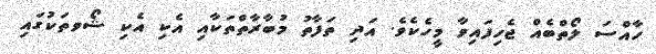
ހާއްސަ ލޯތްބެއް ޖެހިފައިވާ މީހެކެވެ. އަދި ތަފާތު މުބާރާތްތަކާއި އެކި އެކި ޝޯވތަކުގައި